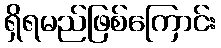
ရှိရမည်ဖြစ်ကြောင်း